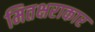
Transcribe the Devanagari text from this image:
मितक्षराकार